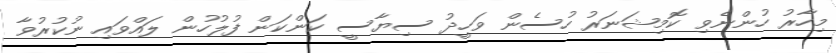
މިހާރު ހުންނެވި ކޮމިޝަނަރު ހުސެން ވަހީދު ސިޔާސީ ކަންކަން ފުލުހުން ލައްވައި ނުކުރުވާ